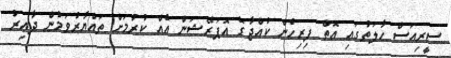
ސީރިއަސް ހާލަތުގައި އޮތް ފިރިހެން ކުއްޖާގެ އޮޕަރޭޝަން އެއް ކުރުމަށް ތައްޔާރުވަމުން ދާއިރު